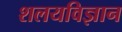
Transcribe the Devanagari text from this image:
शलयविज्ञान